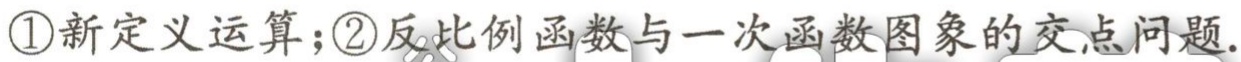
\textcircled{1}新定义运算；\textcircled{2}反比例函数与一次函数图象的交点问题.